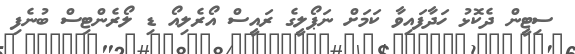
ސިޓީން ދެކޮޅު ހަދާފައިވާ ކަމަށް ނަޕޯލީގެ ރައީސް އޯރެލިއޯ ޑި ލޯރެންޓިސް ބުނެފި